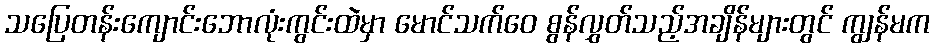
သပြေတန်းကျောင်းဘောလုံးကွင်းထဲမှာ မောင်သက်ဝေ စွန်လွှတ်သည့်အချိန်များတွင် ကျွန်မက